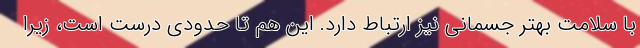
با سلامت بهتر جسمانی نیز ارتباط دارد. این هم تا حدودی درست است، زیرا